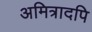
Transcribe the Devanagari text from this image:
अमित्रादपि